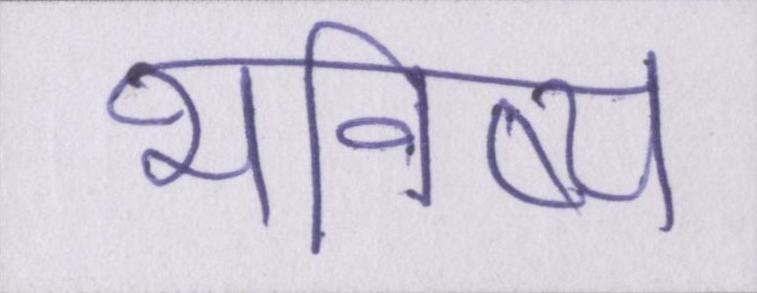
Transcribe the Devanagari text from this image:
भविष्य